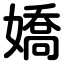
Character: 嬌